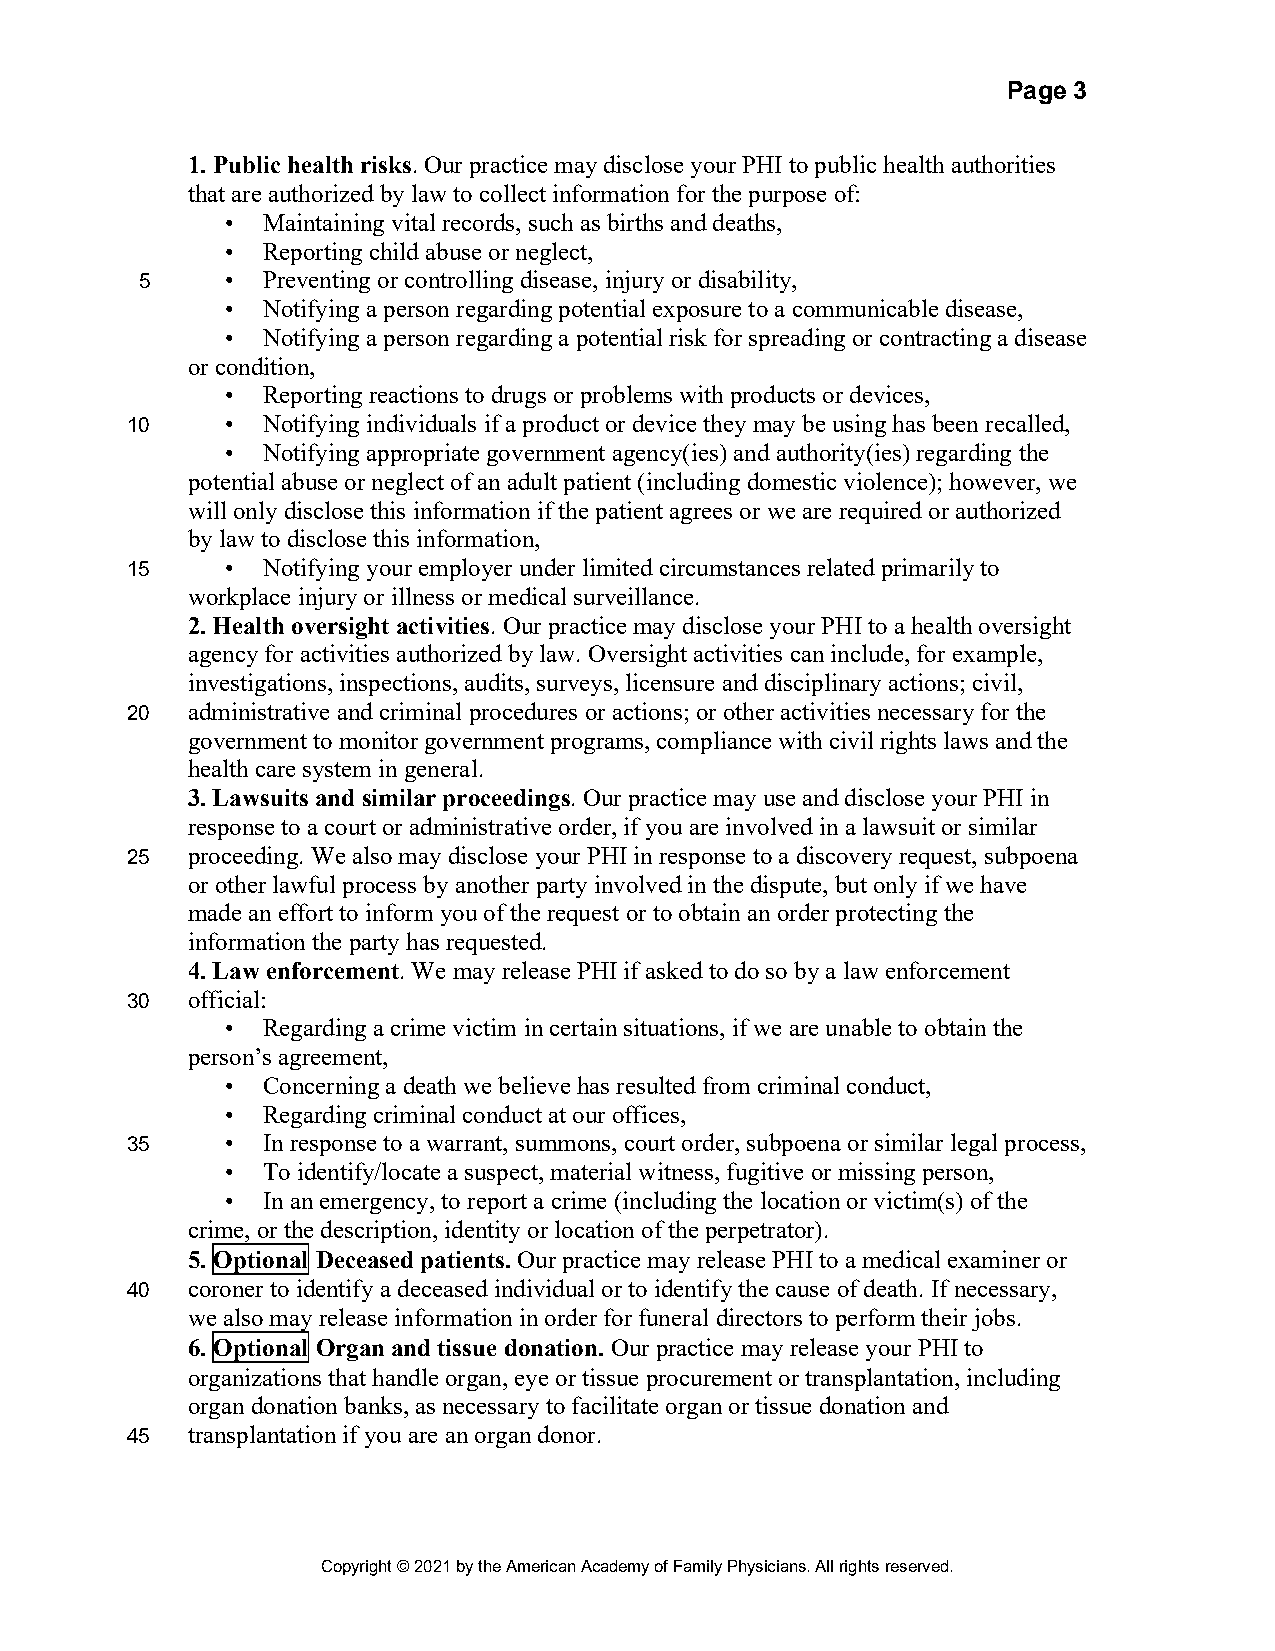
Page 3
 1. Public health risks. Our practice may disclose your PHI to public health authorities
 that are authorized by law to collect information for the purpose of:
 • Maintaining vital records, such as births and deaths,
 • Reporting child abuse or neglect,
 5     • Preventing or controlling disease, injury or disability,
 • Notifying a person regarding potential exposure to a communicable disease,
 • Notifying a person regarding a potential risk for spreading or contracting a disease
 or condition,
 • Reporting reactions to drugs or problems with products or devices,
 10     • Notifying individuals if a product or device they may be using has been recalled,
 • Notifying appropriate government agency(ies) and authority(ies) regarding the
 potential abuse or neglect of an adult patient (including domestic violence); however, we
 will only disclose this information if the patient agrees or we are required or authorized
 by law to disclose this information,
 15     • Notifying your employer under limited circumstances related primarily to
 workplace injury or illness or medical surveillance.
 2. Health oversight activities. Our practice may disclose your PHI to a health oversight
 agency for activities authorized by law. Oversight activities can include, for example,
 investigations, inspections, audits, surveys, licensure and disciplinary actions; civil,
 20  administrative and criminal procedures or actions; or other activities necessary for the
 government to monitor government programs, compliance with civil rights laws and the
 health care system in general.
 3. Lawsuits and similar proceedings. Our practice may use and disclose your PHI in
 response to a court or administrative order, if you are involved in a lawsuit or similar
 25  proceeding. We also may disclose your PHI in response to a discovery request, subpoena
 or other lawful process by another party involved in the dispute, but only if we have
 made an effort to inform you of the request or to obtain an order protecting the
 information the party has requested.
 4. Law enforcement. We may release PHI if asked to do so by a law enforcement
 30  official:
 • Regarding a crime victim in certain situations, if we are unable to obtain the
 person’s agreement,
 • Concerning a death we believe has resulted from criminal conduct,
 • Regarding criminal conduct at our offices,
 35     • In response to a warrant, summons, court order, subpoena or similar legal process,
 • To identify/locate a suspect, material witness, fugitive or missing person,
 • In an emergency, to report a crime (including the location or victim(s) of the
 crime, or the description, identity or location of the perpetrator).
 5. Optional Deceased patients. Our practice may release PHI to a medical examiner or
 40  coroner to identify a deceased individual or to identify the cause of death. If necessary,
 we also may release information in order for funeral directors to perform their jobs.
 6. Optional Organ and tissue donation. Our practice may release your PHI to
 organizations that handle organ, eye or tissue procurement or transplantation, including
 organ donation banks, as necessary to facilitate organ or tissue donation and
 45  transplantation if you are an organ donor.
 Copyright © 2021 by the American Academy of Family Physicians. All rights reserved.